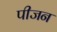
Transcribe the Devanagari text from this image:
पीजन